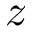
z